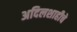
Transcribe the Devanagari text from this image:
अदिलशाहीचे